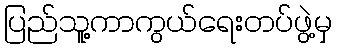
ပြည်သူ့ကာကွယ်ရေးတပ်ဖွဲ့မှ